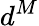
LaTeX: d^{M}